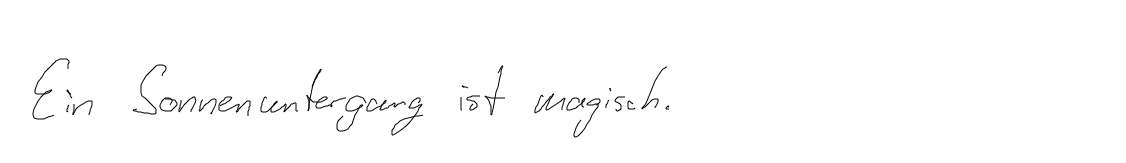
Ein Sonnenuntergang ist magisch.